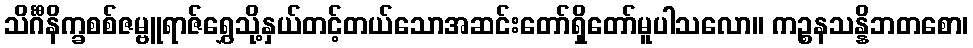
သိင်္ဂီနိက္ခစစ်ဇမ္ဗူရာဇ်ရွှေသို့နှယ်တင့်တယ်သောအဆင်းတော်ရှိတော်မူပါသလော။ ကဉ္စနသန္နိဘတစော၊